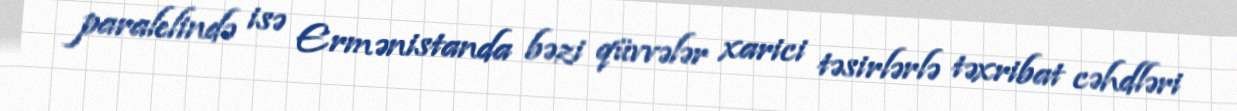
paralelində isə Ermənistanda bəzi qüvvələr xarici təsirlərlə təxribat cəhdləri